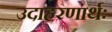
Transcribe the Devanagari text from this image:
उदाहरणार्थः